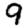
Digit: 9